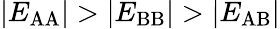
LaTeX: \lvert E_{\mathrm{AA}}\rvert>\lvert E_{\mathrm{BB}}\rvert>\lvert E_{\mathrm{AB}}\rvert